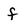
Character: f